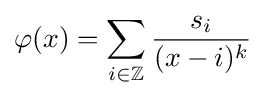
\varphi (x)=\sum _{i\in \mathbb {Z} }{\frac {s_{i}}{(x-i)^{k}}}